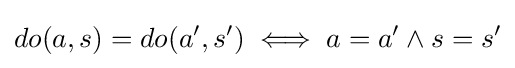
do(a,s)=do(a',s')\iff a=a'\land s=s'